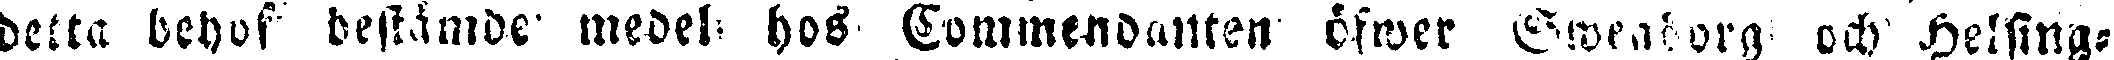
delta behof bestämde medel hos Commendanten öfwer Sweaborg och Helsing-